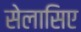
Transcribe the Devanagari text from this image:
सेलासिए